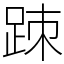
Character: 䟱